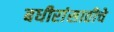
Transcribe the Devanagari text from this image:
बधीरांसाठीचे